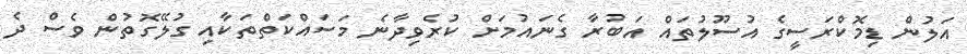
އަލުން ޑިމޮކްރަސީގެ އުސޫލުތައް އަބުރާ ގެނައުމަށް ކުރެވިދާނެ މަސައްކަތްތަކާއި ގުލޭގޮތުން ވެސް ދެ